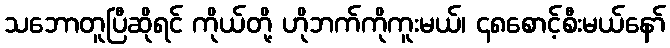
သဘောတူပြီဆိုရင် ကိုယ်တို့ ဟိုဘက်ကိုကူးမယ်၊ ၄၈စောင့်စီးမယ်နော်